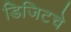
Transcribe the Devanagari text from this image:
डिजिटचे